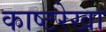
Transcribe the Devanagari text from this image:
काष्टरेखा